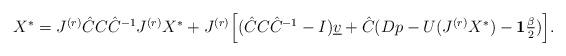
LaTeX: \begin{align*} \begin{array}{lll} X^* = J^{(r)}\hat{C}C\hat{C}^{-1}J^{(r)}X^* + J^{(r)}\Big[(\hat{C}C\hat{C}^{-1}-I)\underline{v} + \hat{C}(Dp - U(J^{(r)}X^*) - \mathbf{1}\frac{\beta}{2})\Big]. \end{array} \end{align*}